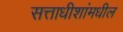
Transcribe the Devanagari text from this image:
सत्ताधीशांमधील